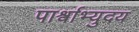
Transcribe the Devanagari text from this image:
पार्श्वाभ्युदय